Vaccination in Bombay 1856-1862 - 1856-1862
Year: 1856
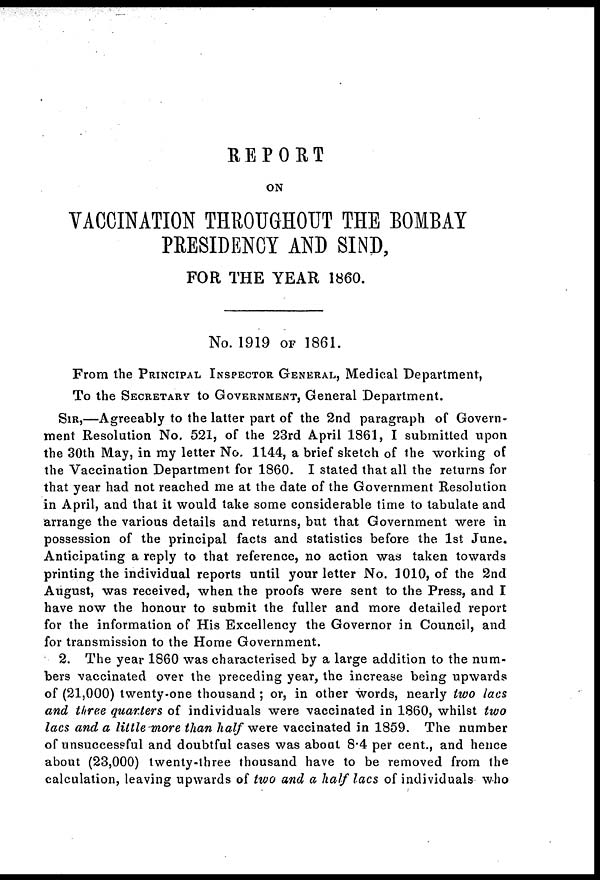
REPORT
ON
VACCINATION THROUGHOUT THE BOMBAY
PRESIDENCY AND SIND,
FOR THE YEAR 1860.
No. 1919 OF 1861.
From the PRINCIPAL INSPECTOR GENERAL, Medical Department,
To the SECRETARY to GOVERNMENT, General Department.
SIR,—Agreeably to the latter part of the 2nd paragraph of Govern-
ment Resolution No. 521, of the 23rd April 1861, I submitted upon
the 30th May, in my letter No. 1144, a brief sketch of the working of
the Vaccination Department for 1860. I stated that all the returns for
that year had not reached me at the date of the Government Resolution
in April, and that it would take some considerable time to tabulate and
arrange the various details and returns, but that Government were in
possession of the principal facts and statistics before the 1st June.
Anticipating a reply to that reference, no action was taken towards
printing the individual reports until your letter No. 1010, of the 2nd
August, was received, when the proofs were sent to the Press, and I
have now the honour to submit the fuller and more detailed report
for the information of His Excellency the Governor in Council, and
for transmission to the Home Government.
2. The year 1860 was characterised by a large addition to the num-
bers vaccinated over the preceding year, the increase being upwards
of (21,000) twenty-one thousand ; or, in other words, nearly two lacs
and three quarters of individuals were vaccinated in 1860, whilst two
lacs and a little-more than half were vaccinated in 1859. The number
of unsuccessful and doubtful cases was about 8.4 per cent., and hence
about (23,000) twenty-three thousand have to be removed from the
calculation, leaving upwards of two and a half lacs of individuals who